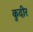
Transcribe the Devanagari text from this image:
कुदीर